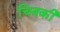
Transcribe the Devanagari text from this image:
चित्रकी